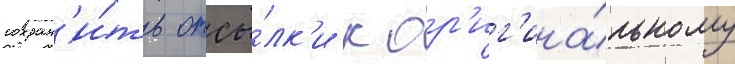
сохран'и́ть отсы́лк'и к ор'иг'ина́льному